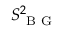
S _ { \mathrm { ~ B ~ G ~ } } ^ { 2 }